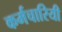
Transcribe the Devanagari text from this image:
कर्मचारियी